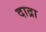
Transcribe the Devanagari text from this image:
दाद्रा